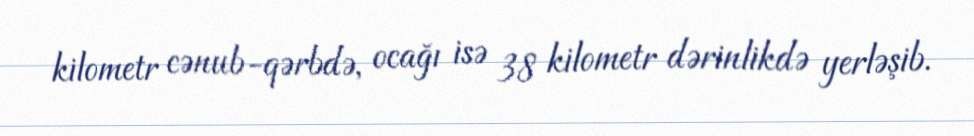
kilometr cənub-qərbdə, ocağı isə 38 kilometr dərinlikdə yerləşib.